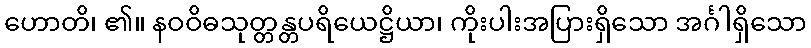
ဟောတိ၊ ၏။ နဝဝိဓသုတ္တန္တပရိယေဋ္ဌိယာ၊ ကိုးပါးအပြားရှိသော အင်္ဂါရှိသော